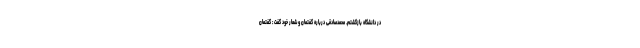
در دانشگاه بازگشتم. محمدصادقی درباره گفتمان و شعار خود گفت : گفتمان